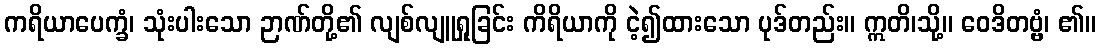
ကရိယာပေက္ခံ၊ သုံးပါးသော ဉာဏ်တို့၏ လျစ်လျူရှုခြင်း ကိရိယာကို ငဲ့၍ထားသော ပုဒ်တည်း။ ဣတိ၊သို့။ ဝေဒိတဗ္ဗံ၊ ၏။